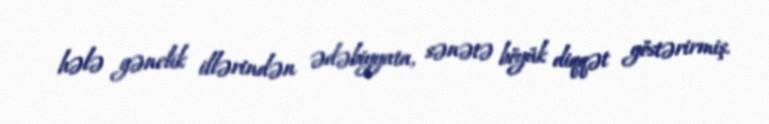
hələ gənclik illərindən ədəbiyyata, sənətə böyük diqqət göstərirmiş.